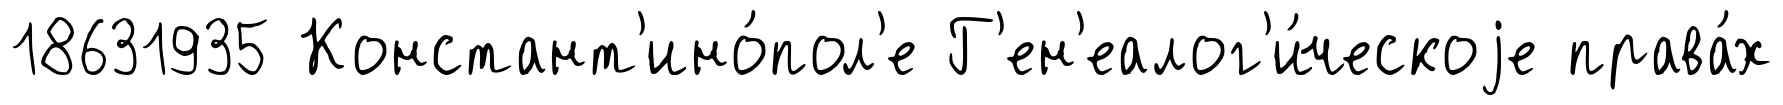
18631935 Констант'ино́пол'е Г'ен'еалог'и́ческоjе права́х